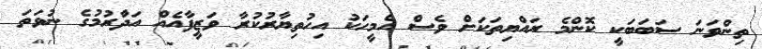
ތިންވަނަ ސަބަބަކީ ކޮންމެ ރައްޔިތަކަށް ވެސް އެމީހަކު އިހުތިޔާރުކުރާ ވަޒީފާއެއް އަދާުރުމުގެ ނުވަތަ